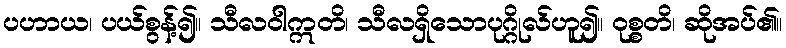
ပဟာယ၊ ပယ်စွန့်၍။ သီလဝါဣတိ၊ သီလရှိသောပုဂ္ဂိုလ်ဟူ၍။ ဝုစ္စတိ၊ ဆိုအပ်၏။